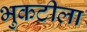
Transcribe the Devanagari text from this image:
भुकटीला